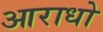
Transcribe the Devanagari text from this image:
आराधो